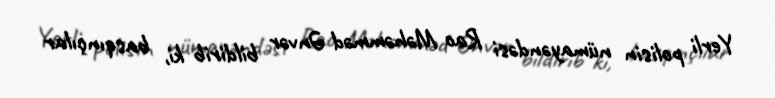
Yerli polisin nümayəndəsi Rao Məhəmməd Ənvər bildirib ki, basqınçılar